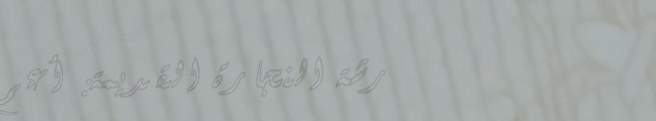
ورشة النجارة القديمة: أعم